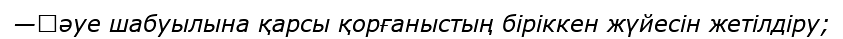
—	әуе шабуылына қарсы қорғаныстың біріккен жүйесін жетілдіру;